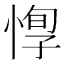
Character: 惸